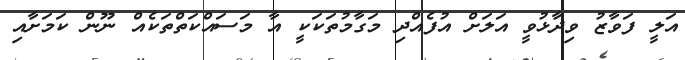
އަލީ ފަވާޒު ވިދާޅުވީ އަލަށް އުފެއްދި މަގާމުތަކަކީ އާ މަސައްކަތްތަކެއް ނޫން ކަމަށާއި